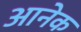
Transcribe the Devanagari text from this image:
आनेक